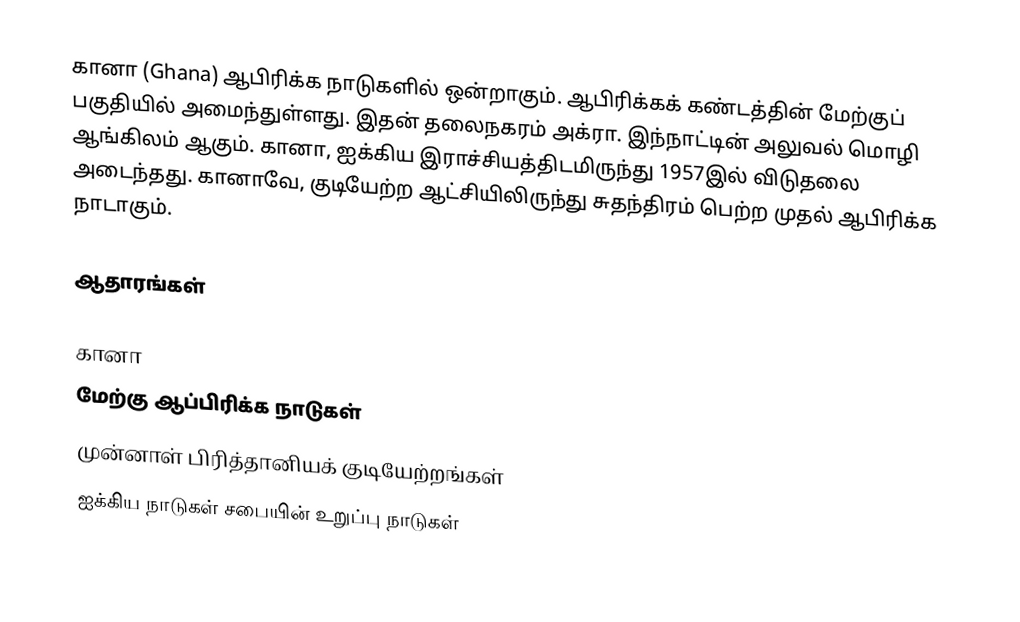
கானா (Ghana) ஆபிரிக்க நாடுகளில் ஒன்றாகும். ஆபிரிக்கக் கண்டத்தின் மேற்குப் பகுதியில் அமைந்துள்ளது. இதன் தலைநகரம் அக்ரா. இந்நாட்டின் அலுவல் மொழி ஆங்கிலம் ஆகும். கானா, ஐக்கிய இராச்சியத்திடமிருந்து 1957இல் விடுதலை அடைந்தது. கானாவே, குடியேற்ற ஆட்சியிலிருந்து சுதந்திரம் பெற்ற முதல் ஆபிரிக்க நாடாகும்.

ஆதாரங்கள்

கானா
மேற்கு ஆப்பிரிக்க நாடுகள்
முன்னாள் பிரித்தானியக் குடியேற்றங்கள்
ஐக்கிய நாடுகள் சபையின் உறுப்பு நாடுகள்